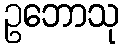
ဥဘောသု